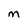
Character: m